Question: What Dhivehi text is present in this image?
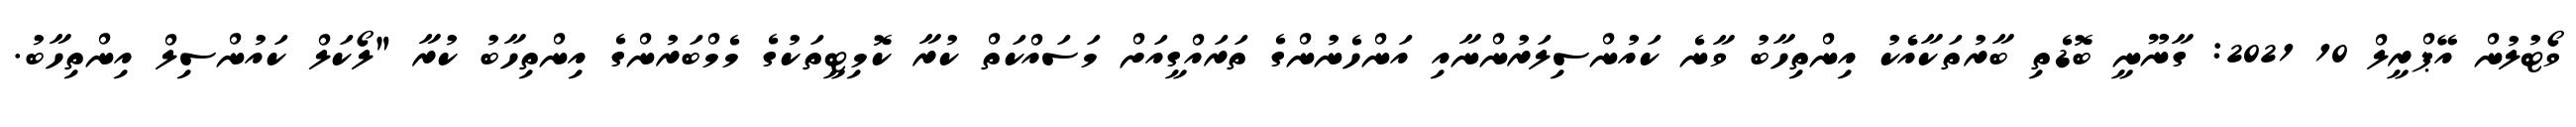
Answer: ވޯޓުލުން އޭޕްރީލް 10 2021: ގާނޫނީ ބޮޑެތި ބާރުތަކާއެެކު އިންތިހާބު ވާނެ ކައުންސިލަރުންނާއި އަންހެނުންގެ ތަރައްގީއަށް މަސައްކަތް ކުރާ ކޮމިޓީތަކުގެ މެމްބަރުންގެ އިންތިހާބު ކުރާ "ލޯކަލް ކައުންސިލް އިންތިހާބު.